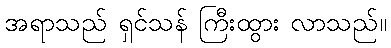
အရာသည် ရှင်သန် ကြီးထွား လာသည်။